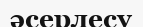
әсерлесу